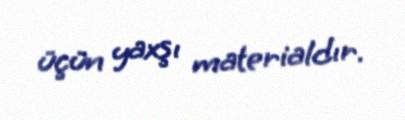
üçün yaxşı materialdır.